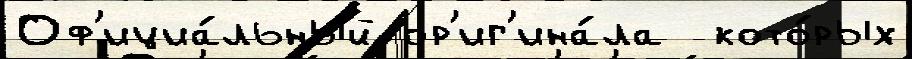
Оф'ициа́льный ор'иг'ина́ла  кото́рых